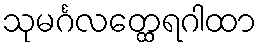
သုမင်္ဂလတ္ထေရဂါထာ